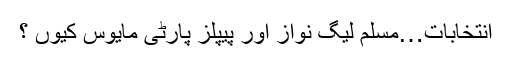
انتخابات…مسلم لیگ نواز اور پیپلز پارٹی مایوس کیوں ؟